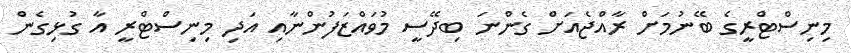
މިނިސްޓްރީގެ ބޭނުމަށް ރާއްޖެއަށް ގެންނަ ބިދޭސީ މުވައްޒަފުންނާއި އަދި މިނިސްޓްރީ އާ ގުޅިގެން